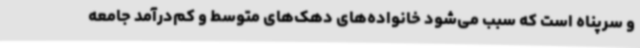
و سرپناه است که سبب می‌شود خانواده‌های دهک‌های متوسط و کم‌درآمد جامعه